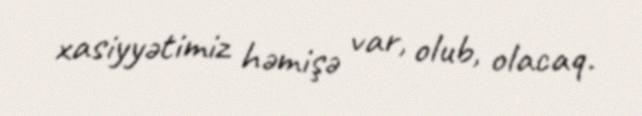
xasiyyətimiz həmişə var, olub, olacaq.